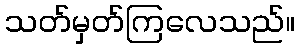
သတ်မှတ်ကြလေသည်။